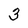
Character: 3